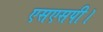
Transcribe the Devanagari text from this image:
एसएसपी।